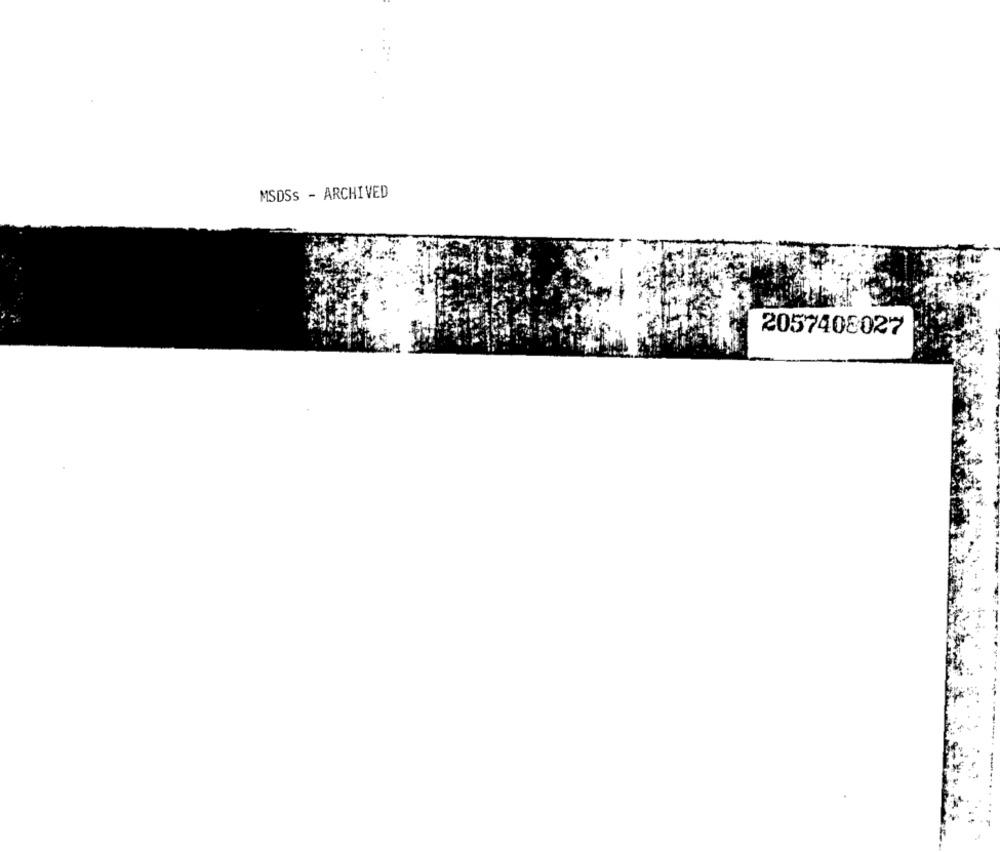
MSDSs - ARCHIVED
2057408027